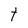
Character: t